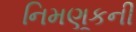
નિમણૂકની